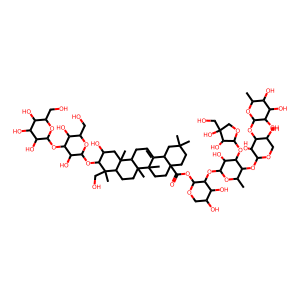
SMILES: CC1OC(OC2C(O)COC(OC3C(C)OC(OC4C(OC(=O)C56CCC(C)(C)CC5C5=CCC7C8(C)CC(O)C(OC9OC(CO)C(O)C(OC%10OC(CO)C(O)C(O)C%10O)C9O)C(C)(CO)C8CCC7(C)C5(C)CC6)OCC(O)C4O)C(O)C3OC3OCC(O)(CO)C3O)C2O)C(O)C(O)C1O
Inhibits HIV replication: Yes